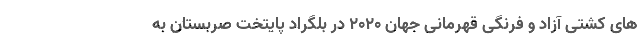
های کشتی آزاد و فرنگی قهرمانی جهان ۲۰۲۰ در بلگراد پایتخت صربستان به